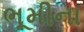
ભૂમીના